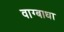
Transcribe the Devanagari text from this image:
वाग्बाधा